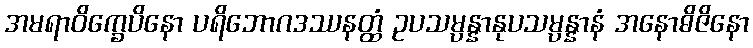
အမရာဝိက္ခေပိနော ပရိဘောဂဒဿနတ္ထံ ဥပသမ္ပန္နာနုပသမ္ပန္နာနံ အနောဓိဇိနော